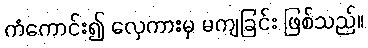
ကံကောင်း၍ လှေကားမှ မကျခြင်း ဖြစ်သည်။